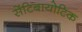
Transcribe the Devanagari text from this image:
सेंटिबायोटिक